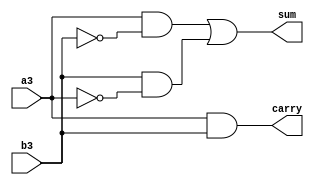
module Butterfly_Mult_HalfAdder(sum,carry,a3,b3);

output sum,carry;

input a3,b3;

assign sum=(a3&(~b3))|(b3&(~a3));

assign carry=a3&b3;

endmodule